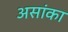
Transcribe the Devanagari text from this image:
असांका